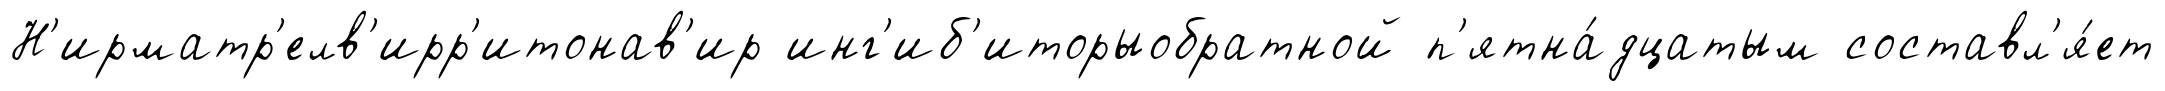
Н'ирматр'елв'ирр'итонав'ир инг'иб'иторыобратной п'ятна́дцатым составл'я́ет